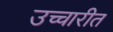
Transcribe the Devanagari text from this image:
उच्चारीत